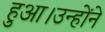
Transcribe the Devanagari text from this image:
हुआ।उन्होंने